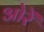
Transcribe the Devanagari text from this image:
ओरें